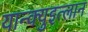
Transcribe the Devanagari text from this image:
यान्क्युइत्लान